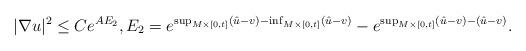
LaTeX: \begin{align*}|\nabla u |^2 \leq C e^{A E_2} ,E_2 = e^{\sup_{M\times [0,t] }(\hat u - v) - \inf_{M \times [0,t] } (\hat u - v)} - e^{ \sup_{M\times [0,t]} (\hat u - v) - (\hat u - v)}.\end{align*}